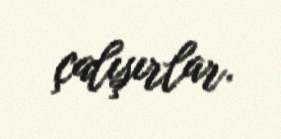
çalışırlar.